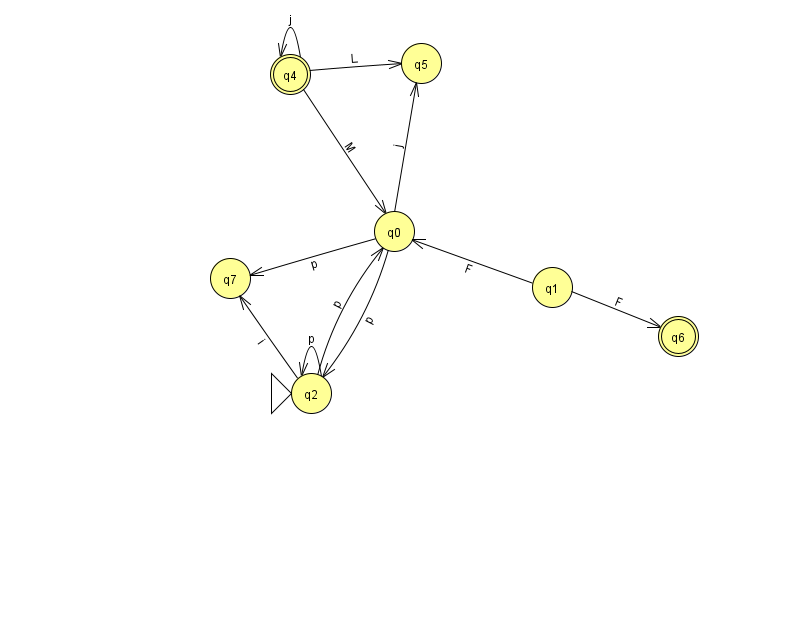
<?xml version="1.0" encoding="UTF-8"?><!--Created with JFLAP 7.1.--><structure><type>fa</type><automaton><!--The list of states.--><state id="0" name="q0"><x>394.0</x><y>218.0</y></state><state id="1" name="q1"><x>552.0</x><y>274.0</y></state><state id="2" name="q2"><x>311.0</x><y>380.0</y><initial/></state><state id="4" name="q4"><x>290.0</x><y>61.0</y><final/></state><state id="5" name="q5"><x>421.0</x><y>50.0</y></state><state id="6" name="q6"><x>678.0</x><y>323.0</y><final/></state><state id="7" name="q7"><x>230.0</x><y>265.0</y></state><!--The list of transitions.--><transition><from>1</from><to>0</to><read>F</read></transition><transition><from>2</from><to>2</to><read>p</read></transition><transition><from>0</from><to>5</to><read>j</read></transition><transition><from>4</from><to>0</to><read>M</read></transition><transition><from>0</from><to>7</to><read>p</read></transition><transition><from>4</from><to>4</to><read>j</read></transition><transition><from>4</from><to>5</to><read>L</read></transition><transition><from>1</from><to>6</to><read>F</read></transition><transition><from>0</from><to>2</to><read>p</read></transition><transition><from>2</from><to>0</to><read>p</read></transition><transition><from>2</from><to>7</to><read>i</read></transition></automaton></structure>